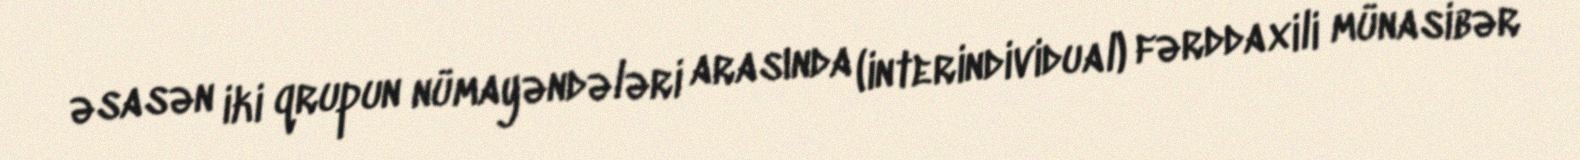
əsasən iki qrupun nümayəndələri arasında (interindividual) fərddaxili münasibər